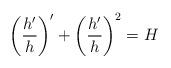
LaTeX: \begin{align*}\left( \frac{h'}{h}\right)' + \left( \frac{h'}{h}\right)^2 = H\end{align*}